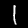
Digit: 1